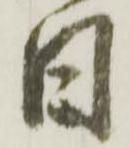
日